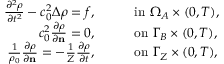
\begin{array} { r l } { \frac { \partial ^ { 2 } \rho } { \partial t ^ { 2 } } - c _ { 0 } ^ { 2 } \Delta \rho = f , } & { \qquad \mathrm { i n ~ } \Omega _ { A } \times ( 0 , T ) , } \\ { c _ { 0 } ^ { 2 } \frac { \partial \rho } { \partial \mathbf { n } } = 0 , } & { \qquad \mathrm { o n ~ } \Gamma _ { B } \times ( 0 , T ) , } \\ { \frac { 1 } { \rho _ { 0 } } \frac { \partial \rho } { \partial \mathbf { n } } = - \frac { 1 } { Z } \frac { \partial \rho } { \partial t } , } & { \qquad \mathrm { o n ~ } \Gamma _ { Z } \times ( 0 , T ) , } \end{array}